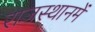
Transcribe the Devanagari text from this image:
राजस्थानमें